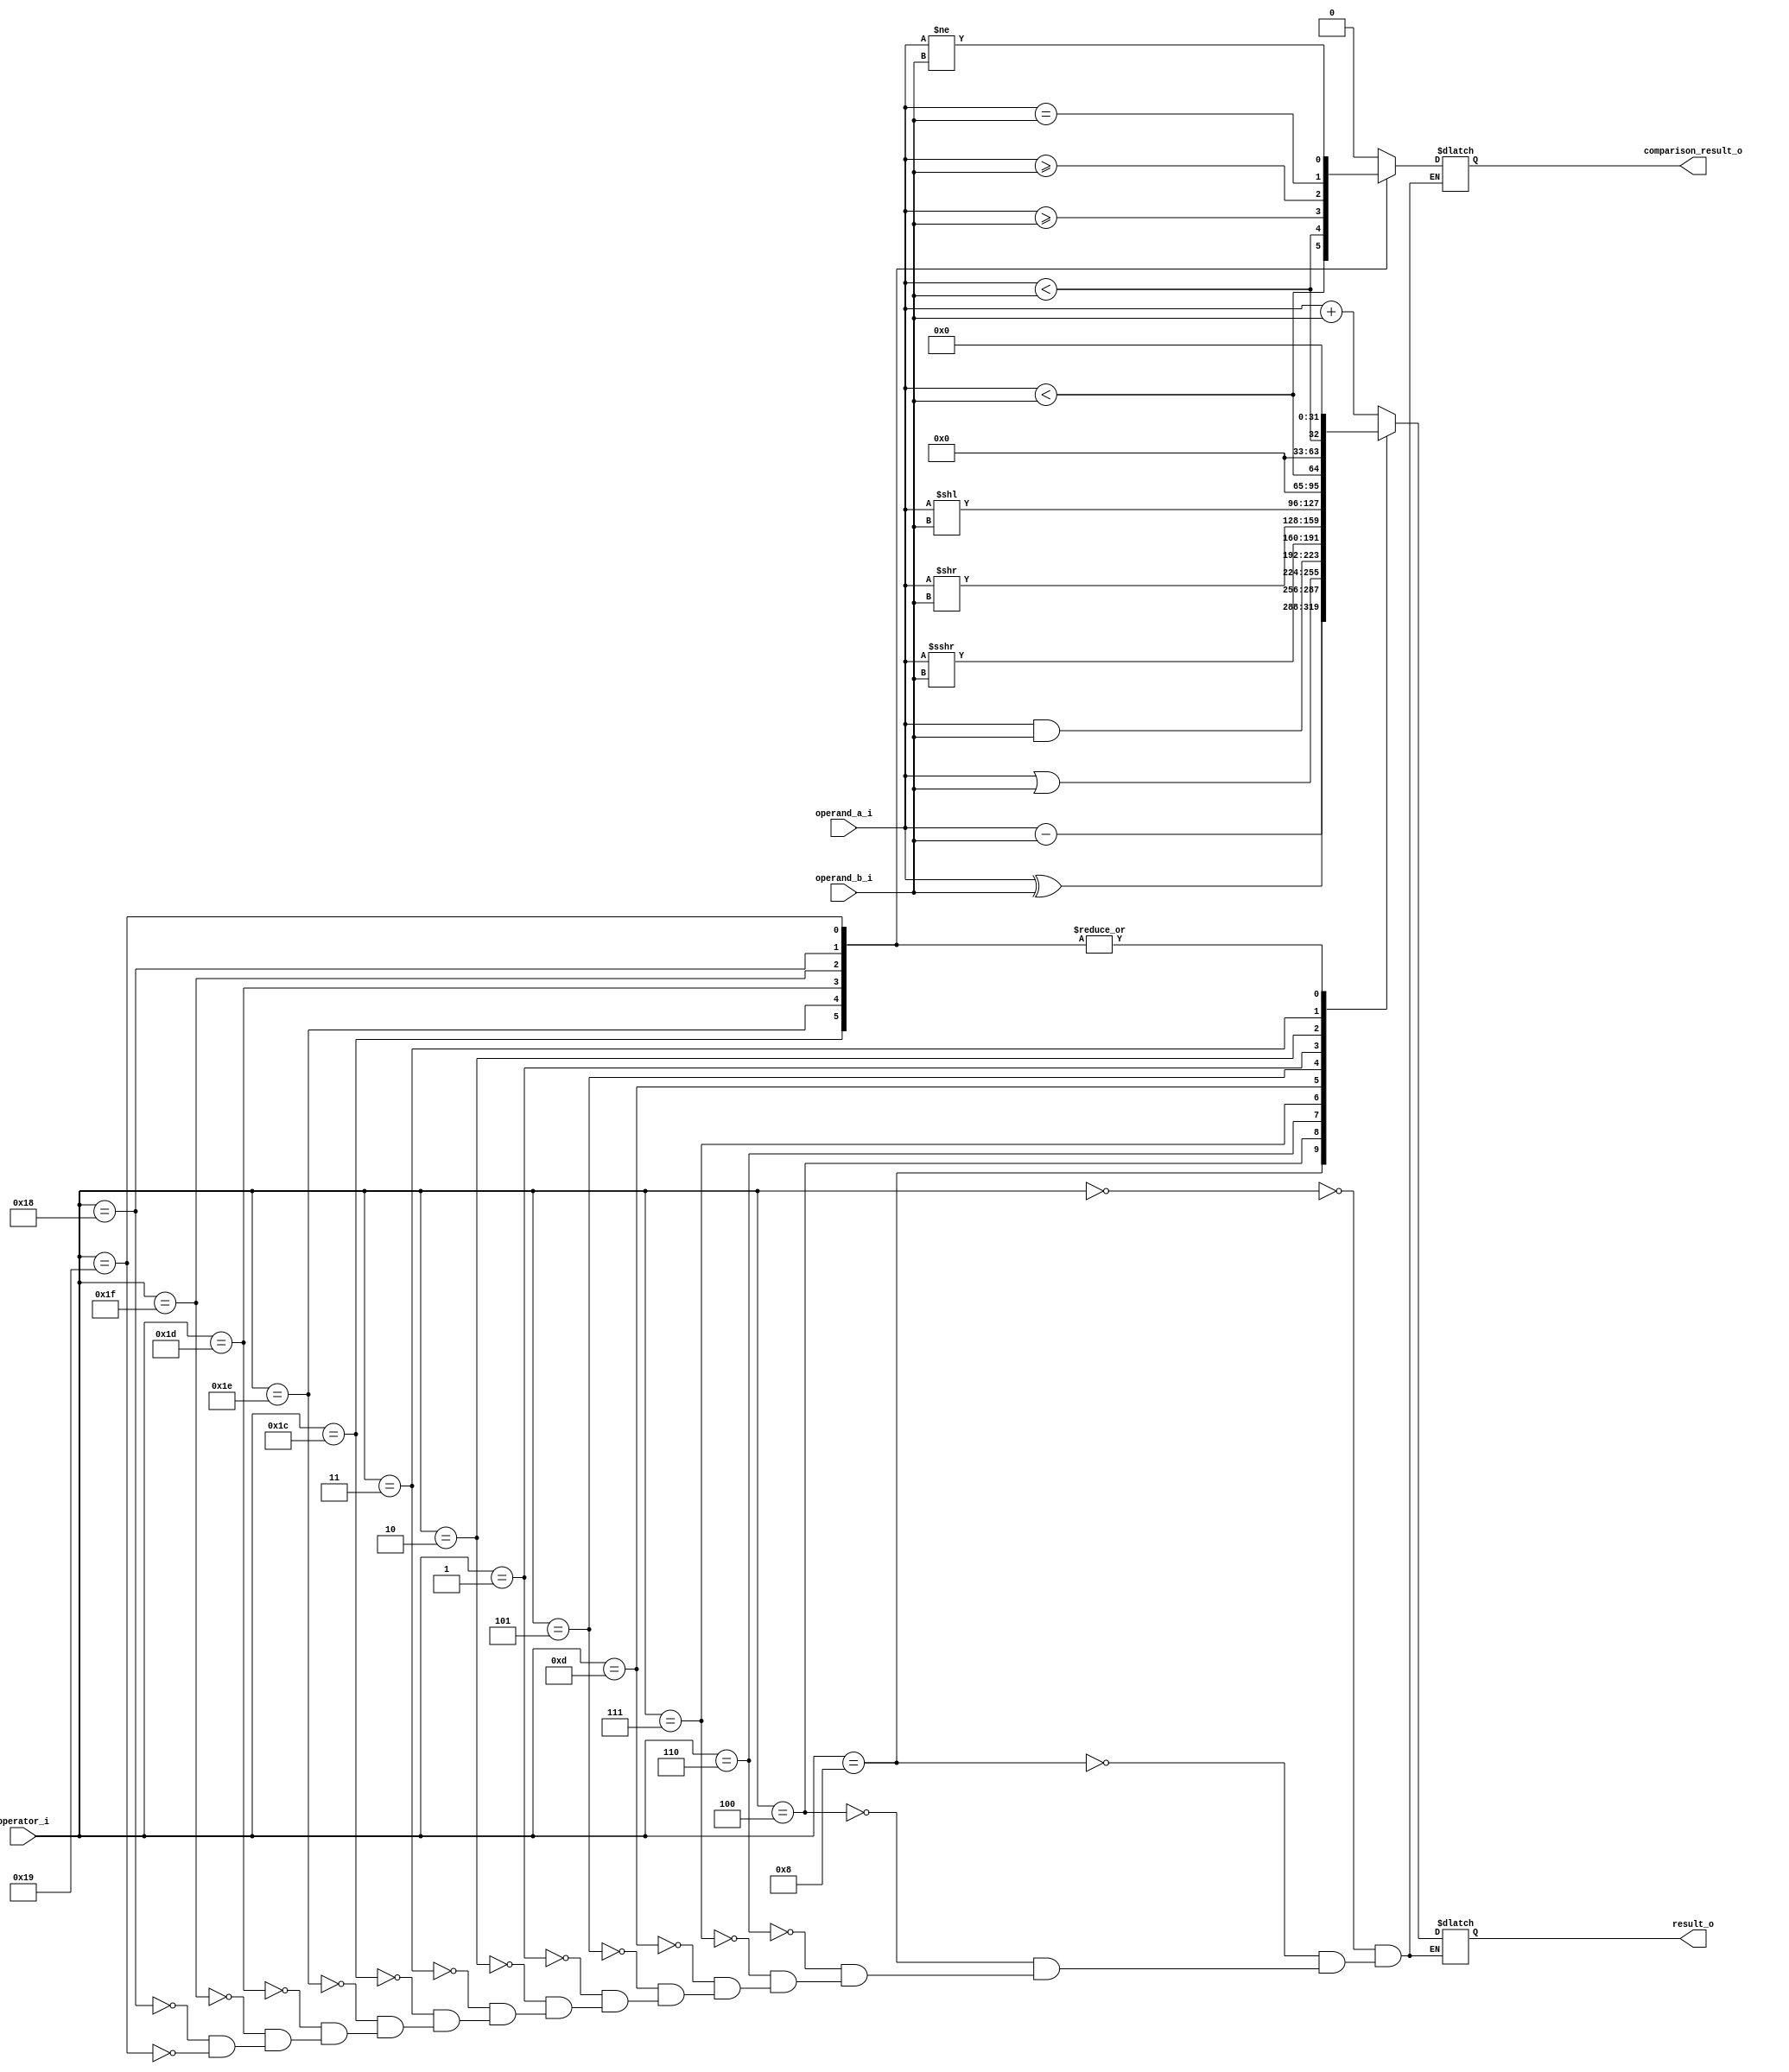
 `timescale 1ns / 1ps

module miriscv_alu(
    input       [4:0]   operator_i,
    input       [31:0]  operand_a_i,
    input       [31:0]  operand_b_i,
    output      [31:0]  result_o,
    output              comparison_result_o
    );
    
    reg [31:0]  res;
    reg         cres;
    
    assign  result_o = res;
    assign  comparison_result_o = cres;
    
    `define ALU_ADD     5'b00000
    `define ALU_SUB     5'b01000
    `define ALU_SLL     5'b00001
    `define ALU_LTS     5'b00010
    `define ALU_LTU     5'b00011   
    `define ALU_XOR     5'b00100
    `define ALU_SRL     5'b00101
    `define ALU_SRA     5'b01101    
    `define ALU_OR      5'b00110
    `define ALU_AND     5'b00111
    `define ALU_EQF     5'b11000
    `define ALU_NEF     5'b11001
    `define ALU_LTSF    5'b11100
    `define ALU_GESF    5'b11101
    `define ALU_LTUF    5'b11110
    `define ALU_GEUF    5'b11111
    
    
    always @(*)
    begin
        case (operator_i)
            `ALU_ADD : 
                begin
                    res = operand_a_i + operand_b_i;
                    cres = 0;
                end
            `ALU_SUB :
                begin
                    res = operand_a_i - operand_b_i;
                    cres = 0;
                end
            `ALU_XOR :
                begin
                    res = operand_a_i ^ operand_b_i;
                    cres = 0;
                end
            `ALU_OR  :
                begin
                    res = operand_a_i | operand_b_i;
                    cres = 0;
                end
            `ALU_AND :
                begin
                    res = operand_a_i & operand_b_i;
                    cres = 0;
                end
            `ALU_SRA :
                begin
                    res = $signed(operand_a_i) >>> operand_b_i;
                    cres = 0;
                end
            `ALU_SRL :
                begin
                    res = operand_a_i >> operand_b_i;
                    cres = 0;
                end
            `ALU_SLL :
                begin
                    res = operand_a_i << operand_b_i;
                    cres = 0;
                end
            `ALU_LTS :
                begin
                    res = $signed(operand_a_i) < $signed(operand_b_i);
                    cres = 0;
                end
            `ALU_LTU :
                begin
                    res = operand_a_i < operand_b_i;
                    cres = 0;
                end
            `ALU_LTSF :
                begin
                    res = 0;
                    cres = $signed(operand_a_i) < $signed(operand_b_i);
                end
            `ALU_LTUF :
                begin
                    res = 0;
                    cres = operand_a_i < operand_b_i;
                end
            `ALU_GESF :
                begin
                    res = 0;
                    cres = $signed(operand_a_i) >= $signed(operand_b_i);
                end
            `ALU_GEUF :
                begin
                    res = 0;
                    cres = operand_a_i >= operand_b_i;
                end
            `ALU_EQF  :
                begin
                    res = 0;
                    cres = operand_a_i == operand_b_i;
                end
            `ALU_NEF  :  
                begin
                    res = 0;
                    cres = operand_a_i != operand_b_i;
                end         
        endcase
    end
    
endmodule